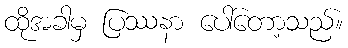
ထိုအခါမှ ပြဿနာ ပေါ်တော့သည်။